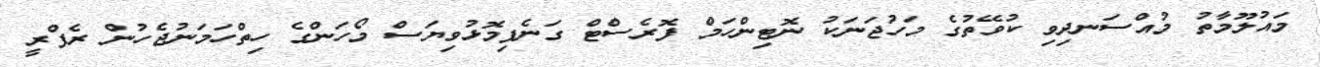
މައުލޫމާތު މުއްސަނދިވި ކުވޭތުގެ މަހުޖަނަކު ނޮޓިންހަމް ފޮރެސްޓް ގަނެފިމޮޅުވިޔަސް މޯހަންގެ ހިތްހަމަނުޖެހުން ރެފްރީ